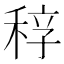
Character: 𥟆